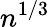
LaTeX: n^{1/3}